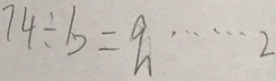
7 4 \div b = q \cdots 2